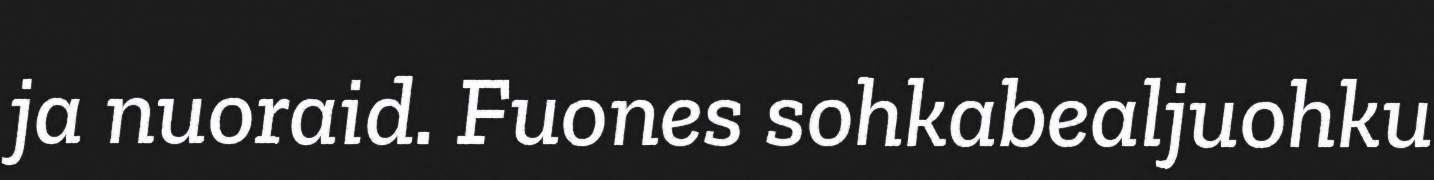
ja nuoraid. Fuones sohkabealjuohku